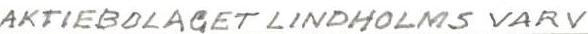
AKTIEBOLAGET LINDHOLMS VARV